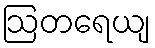
ဩတရေယျ